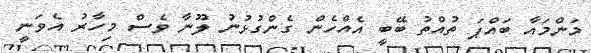
މަންމައާ ބައްޕަ ތުއްތު ބޭބީ އެއްހެން ގެންގުޅުނު ލޫނާ ވެސް މިހާރު އެވަނީ